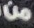
من